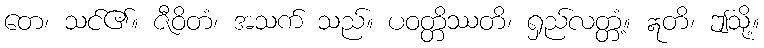
တေ၊ သင်၏။ ဇီဝိတံ၊ အသက် သည်။ ပဝတ္တိဿတိ၊ ရှည်လတ္တံ့။ ဣတိ၊ ဤသို့။